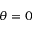
\theta = 0